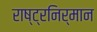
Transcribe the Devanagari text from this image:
राष्ट्रनिर्मान